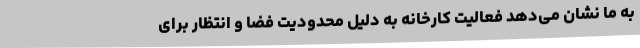
به ما نشان می‌دهد فعالیت کارخانه به دلیل محدودیت فضا و انتظار برای